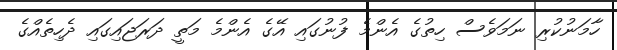
ހާމަނުކުރި ނަމަވެސް ހިތުގެ އެންމެ ފުނުގައި އޭގެ އެންމެ މަތީ ދަރަޖައިގައި ދެހިތެއްގެ